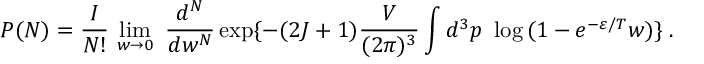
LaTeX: P ( N ) = \frac { I } { N ! } \, \operatorname * { l i m } _ { w \rightarrow 0 } \, \, \frac { d ^ { N } } { d w ^ { N } } \exp \{ - ( 2 J + 1 ) \frac { V } { ( 2 \pi ) ^ { 3 } } \int d ^ { 3 } p \, \, \log \, ( 1 - e ^ { - \varepsilon / T } w ) \} \; .